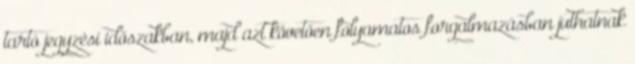
tartó jegyzési időszakban, majd azt követően folyamatos forgalmazásban juthatnak